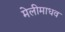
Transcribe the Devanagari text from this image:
मेलीमाधव